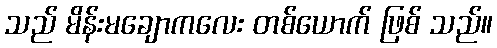
သည် မိန်းမချောကလေး တစ်ယောက် ဖြစ် သည်။